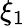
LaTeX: \xi_{1}